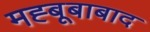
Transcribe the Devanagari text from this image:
मह्बूबाबाद